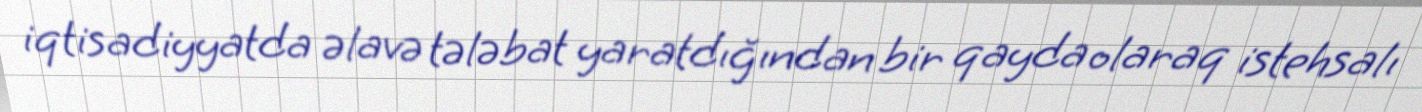
iqtisadiyyatda əlavə tələbat yaratdığından bir qayda olaraq istehsalı